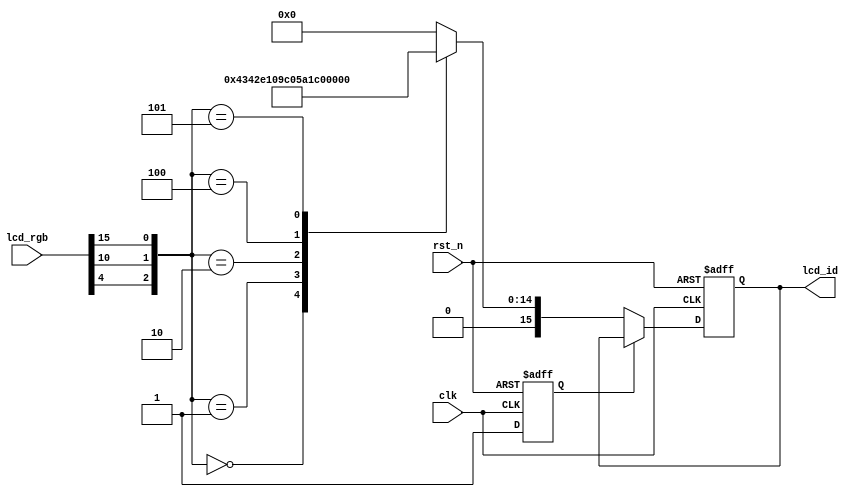
//****************************************Copyright (c)***********************************//
//www.yuanzige.com
//www.openedv.com
//http://openedv.taobao.com
//""ZYNQ & FPGA & STM32 & LINUX
//
//Copyright(C)  2018-2028
//All rights reserved
//----------------------------------------------------------------------------------------
// File name:           rd_id
// Last modified Date:  2020/05/28 20:28:08
// Last Version:        V1.0
// Descriptions:        LCDID
//                      
//----------------------------------------------------------------------------------------
// Created by:          
// Created date:        2020/05/28 20:28:08
// Version:             V1.0
// Descriptions:        The original version
//
//----------------------------------------------------------------------------------------
//****************************************************************************************//

module rd_id(
    input                    clk    ,     //
    input                    rst_n  ,    //
    input           [15:0]   lcd_rgb,    //RGB LCD,ID
    output   reg    [15:0]   lcd_id      //LCDID
    );

//reg define
reg            rd_flag;  //ID

//*****************************************************
//**                    main code
//*****************************************************

//LCD ID   M2:B4  M1:G5  M0:R4
always @(posedge clk or negedge rst_n) begin
    if(!rst_n) begin
        rd_flag <= 1'b0;
        lcd_id <= 16'd0;
    end    
    else begin
        if(rd_flag == 1'b0) begin
            rd_flag <= 1'b1; 
            case({lcd_rgb[4],lcd_rgb[10],lcd_rgb[15]})
                3'b000 : lcd_id <= 16'h4342;    //4.3' RGB LCD  RES:480x272
                3'b001 : lcd_id <= 16'h7084;    //7'   RGB LCD  RES:800x480
                3'b010 : lcd_id <= 16'h7016;    //7'   RGB LCD  RES:1024x600
                3'b100 : lcd_id <= 16'h4384;    //4.3' RGB LCD  RES:800x480
                3'b101 : lcd_id <= 16'h1018;    //10'  RGB LCD  RES:1280x800
                default : lcd_id <=16'h0;
            endcase    
        end
    end    
end

endmodule